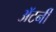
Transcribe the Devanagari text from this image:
अॅटर्नी